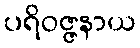
ပရိဝဇ္ဇနာယ